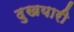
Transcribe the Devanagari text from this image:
दुखयारी